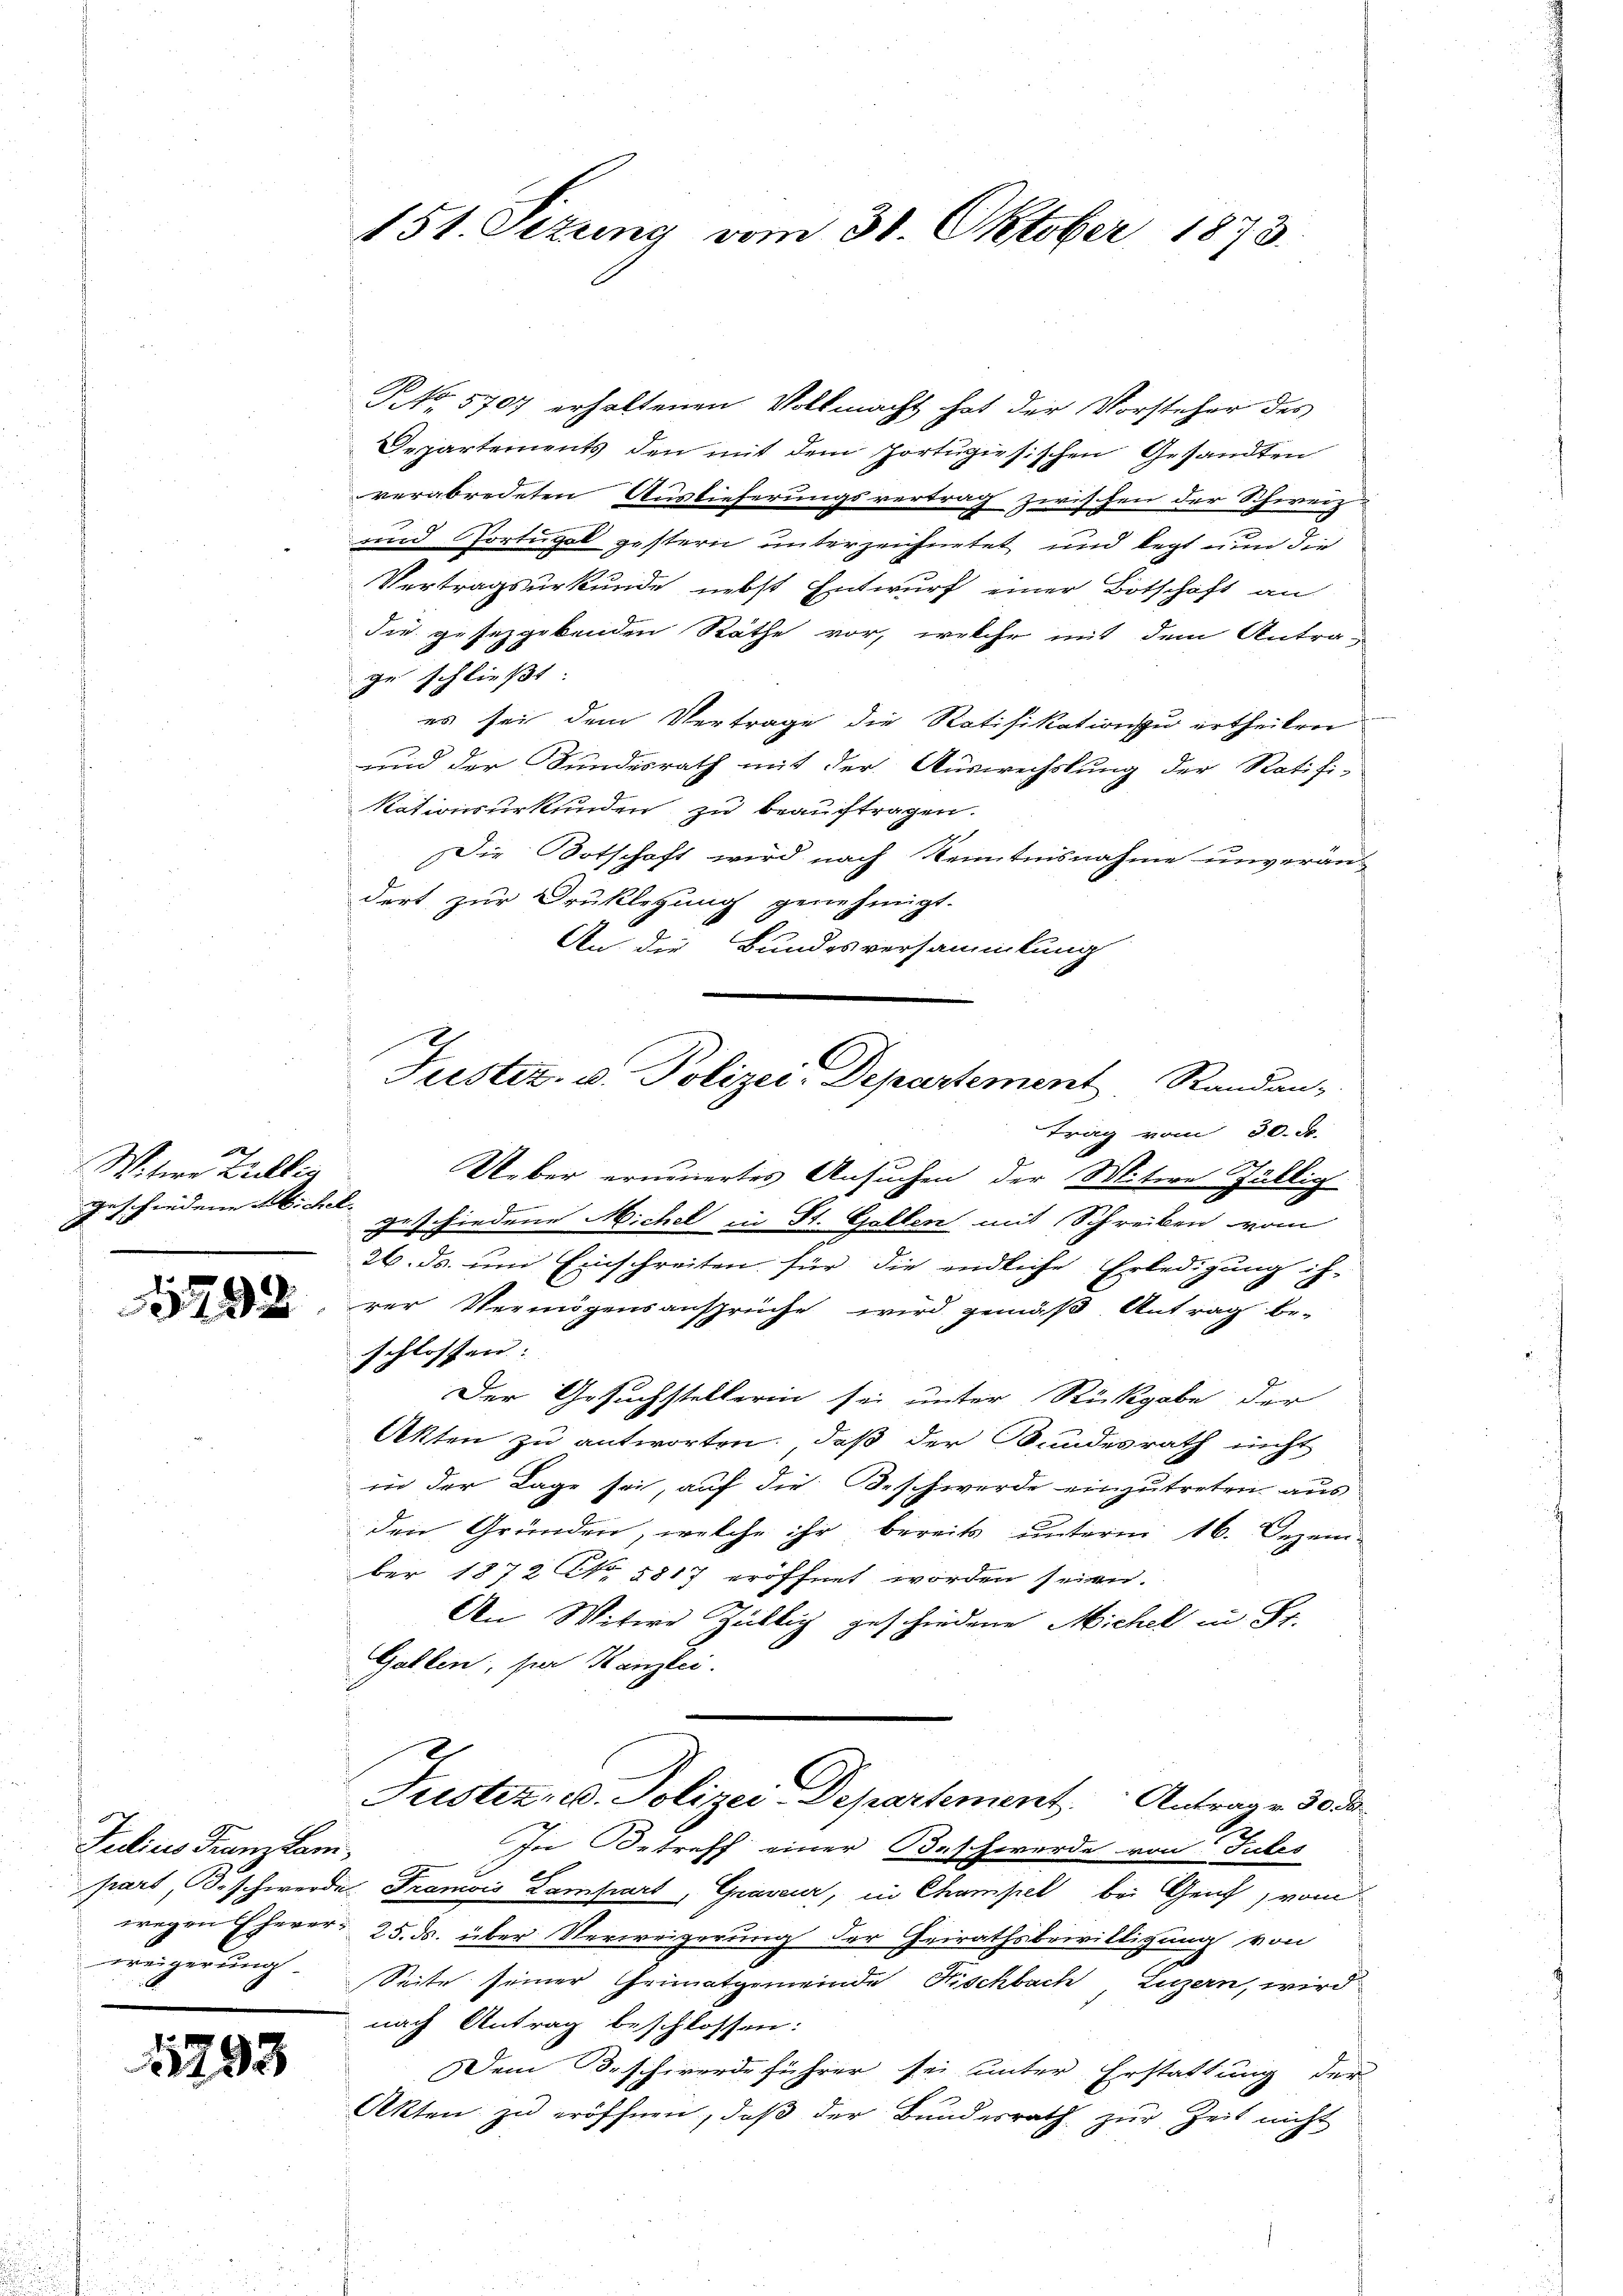
Witwe Zillin
geschiedene Ab. Fel¬

1792

Julius Franz Lanweigerung.

1793

151. Sizung vom 31. Oktober 1873.

NNo. 5707 erhaltenen Vollmacht hat der Vorsteher des
Departements den mit dem Portugisischen Gesandten
verabredeten Auslieferungsvertrag zwischen der Schweiz
und Portugal gestern unterzeichnetet und legt nun die
Vertragsurkunde nebst Entwurf einer Botschaft an
die gesetzgebenden Räthe vor, welche mit dem Antrage schließt
es sei dem Vertrage die Ratifikation zu ertheilen
und der Sundesrath mit der Auswechslung der Ratifi-
Rationsurkunden zu beauftragen.
Die Botschaft wird nach Kenntnisnahme unverän-
dert zur Druklegung genehmigt.
An die Bundesversammlung
trag vom 30. J.
Ueber erneuertes Ansuchen der Mitwe fällig
Des findene Michel in St. Gallen mit Schreiben vom
26. ds. um Einschreiten für die endliche Erledigung ih-
rer Vermögensansprüche wird gemäß Antrag be-
schlossen: |
Der Gesuchstellerin sei unter Rückgabe der
Akten zu antworten, daß der Bundesrath nicht
in der Lage sei, auf die Beschwerde einzutreten aus
den Gründen, welche ihr bereits ŭnterm 16. Dezem-
ber 1872 No 5817 eröffnet worden seien.
An Witwe Züblich geschiedene Michel in Fr.
Gallen, per Kanzlei.
Justiz- u. Polizei-Departement. Antrage 30 da
In Betreff einer Beschwerde von Tules
part, Beschwerde Franzis Lampart, Graveur, in Champel bei Genf, vom
wegen Eherer 25. ds. über Verweigerung der Heirathsbewilligung von
Seite seiner Heimatgemeinde Hischbach, Luzern, wird
nach Antrag beschlossen:
Dem Beschwerdeführer sei unter Erstattung der
Akten zu eröffnen, daβ der Bundesrath zŭr Zeit nicht

Tuster. v. Polizei- Departement, Randan-